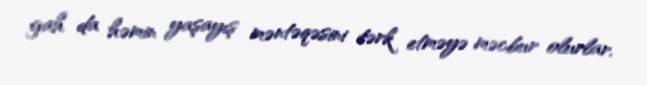
gah da həmin yaşayış məntəqəsini tərk etməyə məcbur olurlar.